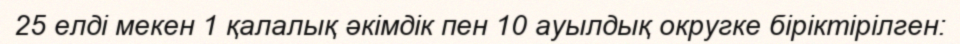
25 елді мекен 1 қалалық әкімдік пен 10 ауылдық округке біріктірілген: